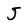
Character: J